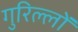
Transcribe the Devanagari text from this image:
गुरिल्लों